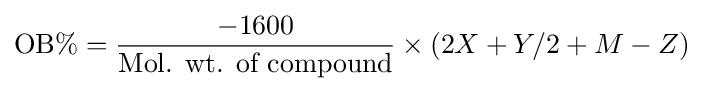
{\text{OB}}\%={\frac {-1600}{\text{Mol. wt. of compound}}}\times (2X+Y/2+M-Z)